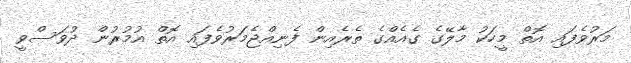
މަރުވެފައި އޮތް މީހަކު މާލޭގެ ގެއެއްގެ ތެރެއިން ފެނިއްޖެމަރުވެފައި އޮތް އުމުރުން ދުވަސްވީ